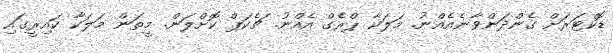
ޑޮކްޓަރަށް ގެންދަންވާނެއެއްނު. މަލަކާ ޕްރެގް އެއްނު. ޗެކަޕް ކޮށްލަން. މީތަން މަލަކާ ކައިރީގައި